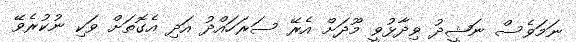
ނަމަވެސް ނަޝީދު ވިދާޅުވީ މޫދަށް އެރޭ ސަރަހައްދު އަދި އެގޮތަށް ވަކި ނުކުރެވޭ